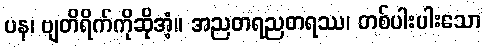
ပန၊ ဗျတိရိက်ကိုဆိုအံ့။ အညတရညတရဿ၊ တစ်ပါးပါးသော